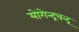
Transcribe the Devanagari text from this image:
योगेन्द्रचन्द्र